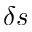
\delta s